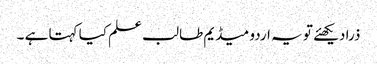
ذرا دیکھئے تو یہ اردو میڈیم طالب علم کیا کہتا ہے ۔